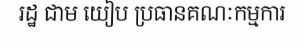
រដ្ឋ ជាម យៀប ប្រធានគណៈកម្មការ